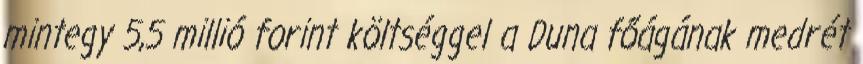
mintegy 5,5 millió forint költséggel a Duna főágának medrét